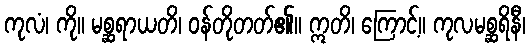
ကုလံ၊ ကို။ မစ္ဆရာယတိ၊ ဝန်တိုတတ်၏။ ဣတိ၊ ကြောင့်။ ကုလမစ္ဆရိနီ၊